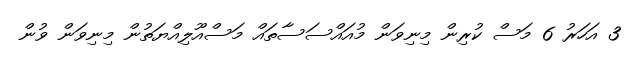
3 އަހަރު 6 މަސް ކުރިން މިނިވަން މުއައްސަސާތައް މަސްއޫލިއްޔަތުން މިނިވަން ވުން